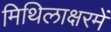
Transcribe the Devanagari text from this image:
मिथिलाक्षरमें